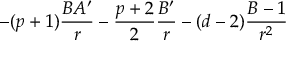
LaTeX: - ( p + 1 ) \frac { B A ^ { \prime } } { r } - \frac { p + 2 } { 2 } \frac { B ^ { \prime } } { r } - ( d - 2 ) \frac { B - 1 } { r ^ { 2 } }